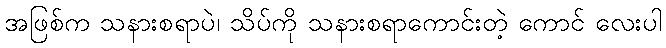
အဖြစ်က သနားစရာပဲ၊ သိပ်ကို သနားစရာကောင်းတဲ့ ကောင် လေးပါ